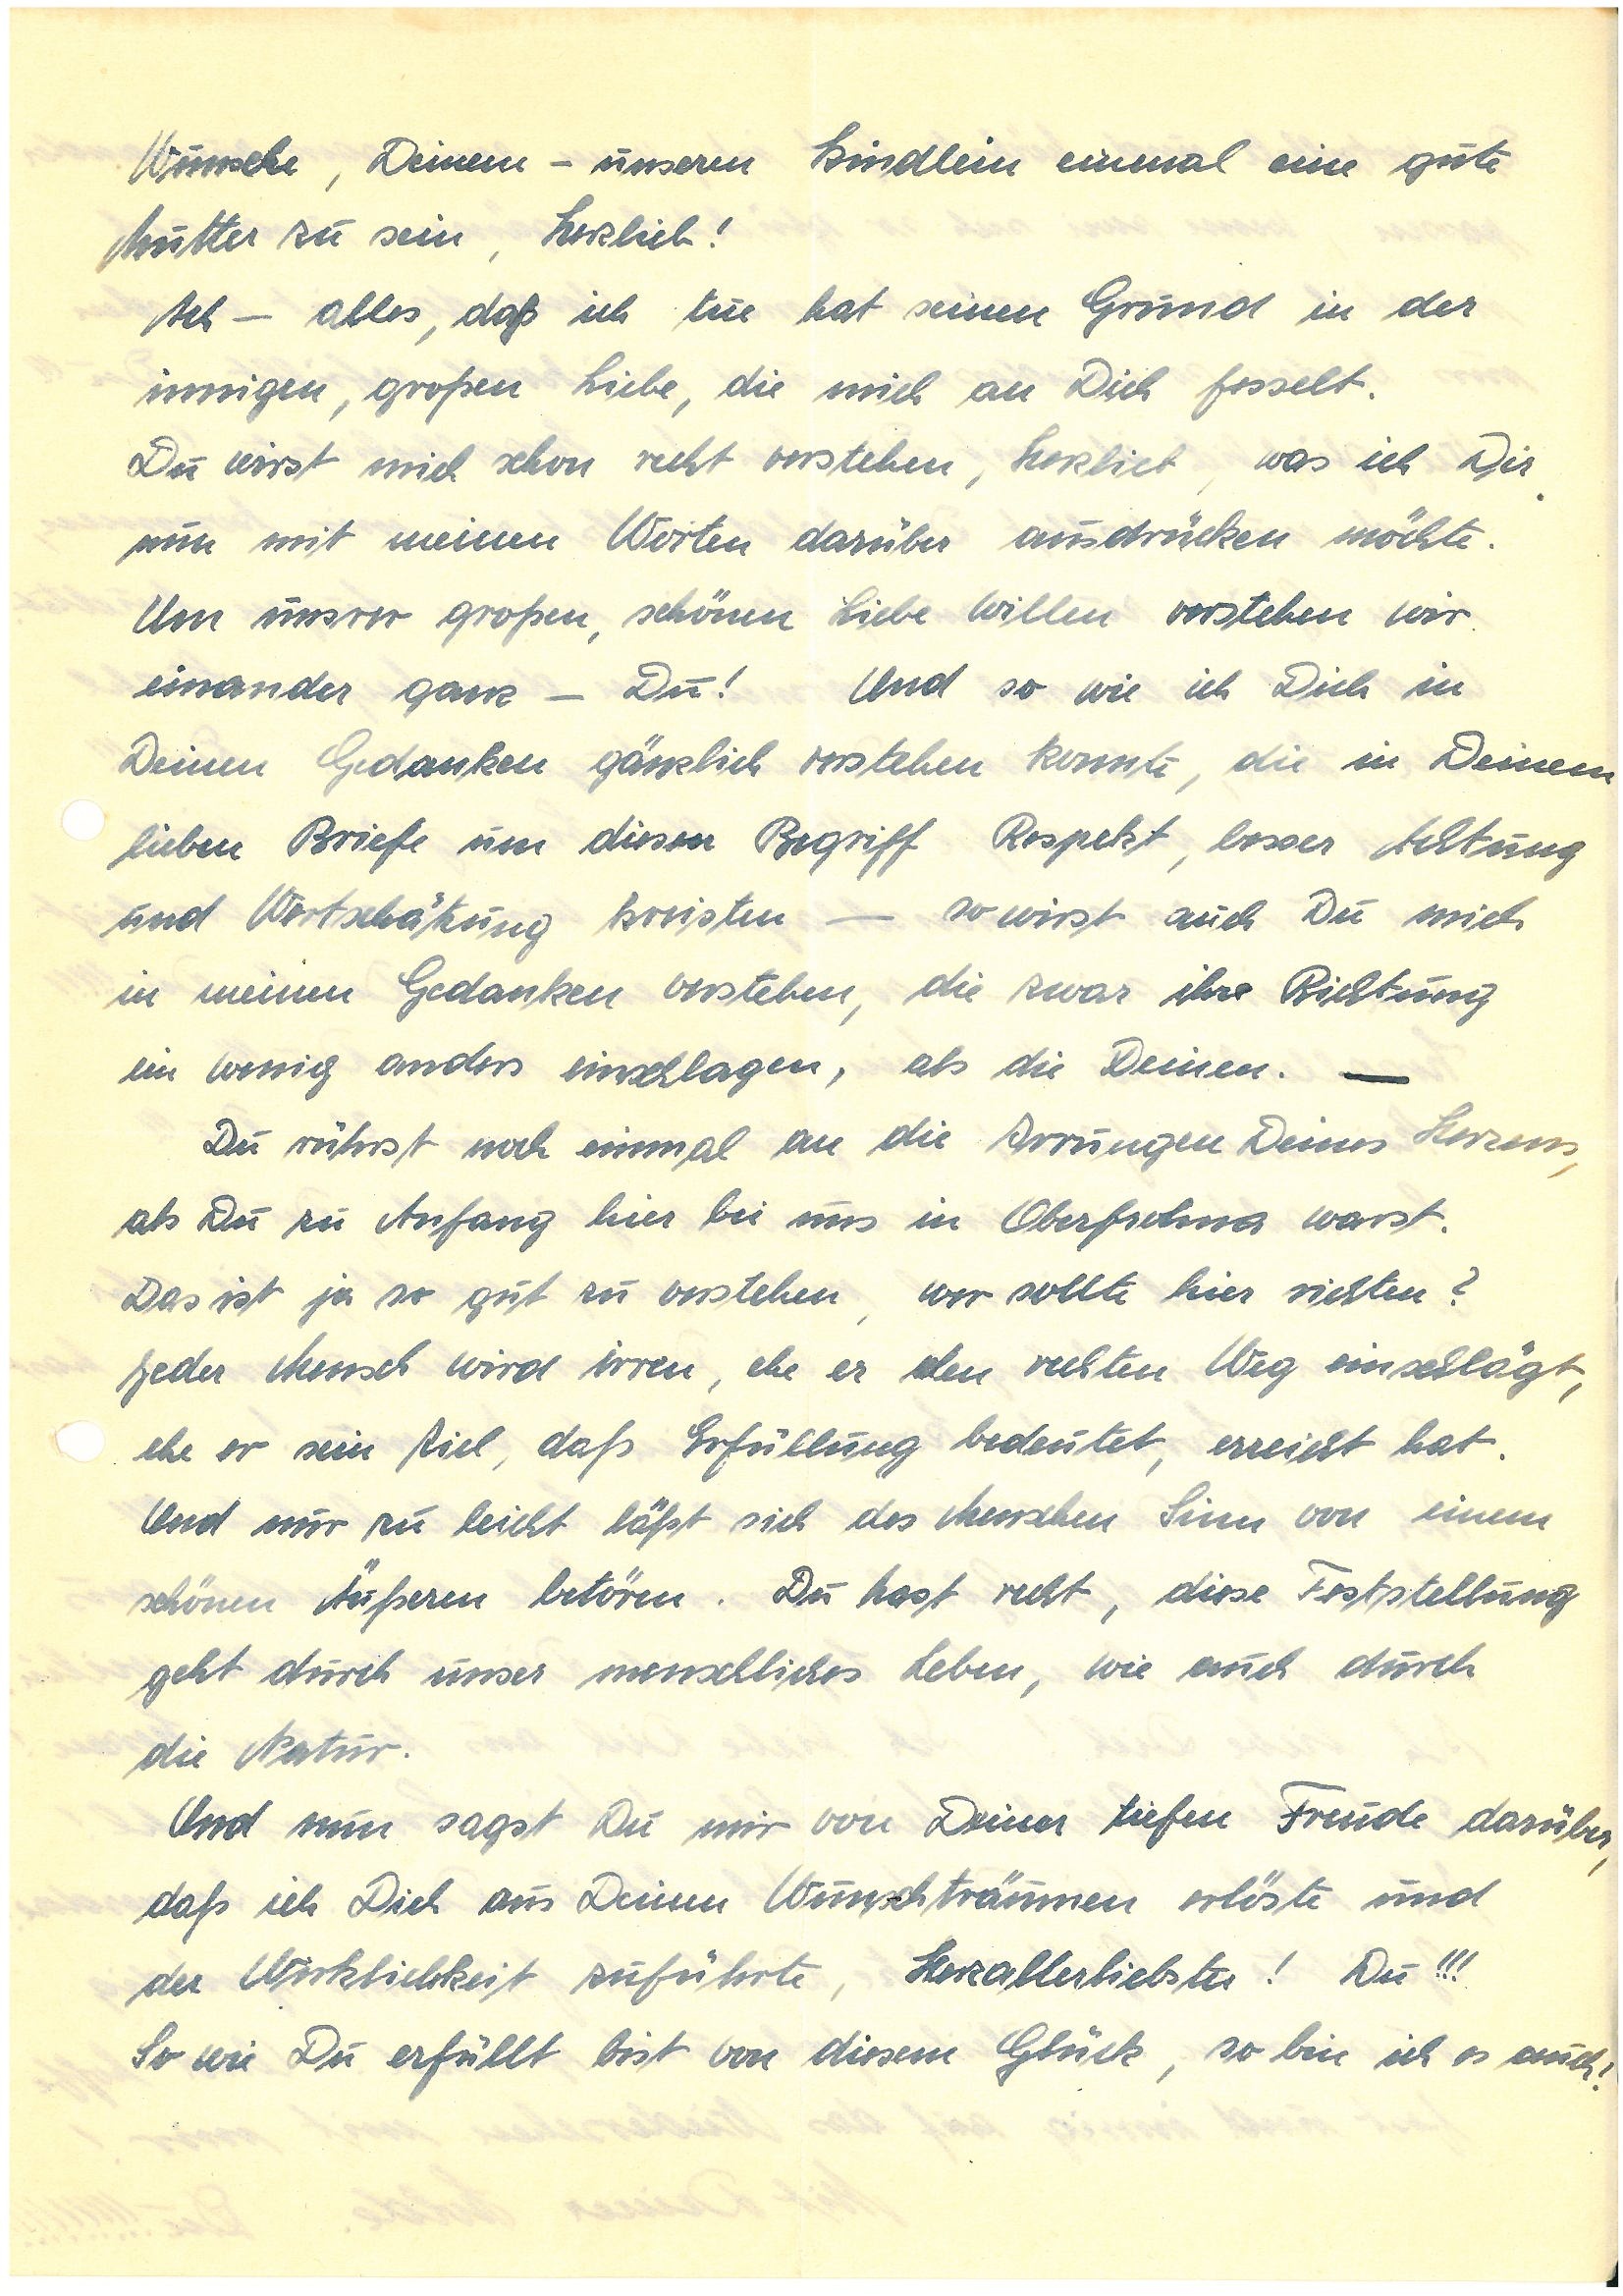
Wunsche, Deinen – unserm Kindlein einmal eine gute
Mutter zu sein, Herzlieb!
Ach – alles, daß ich tue hat seinen Grund in der
innigen, großen Liebe, die mich an Dich fesselt.
Du wirst mich schon recht verstehen, Herzlieb, was ich Dir
nun mit meinen Worten darüber ausdrücken möchte.
Um unserer großen, schönen Liebe Willen verstehen wir
einander ganz – Du! Und so wie ich Dich in
Deinen Gedanken gänzlich verstehen konnte, die in Deinem
lieben Briefe um diesen Begriff Respekt, besser Achtung
und Wertschätzung kreisten – so wirst auch Du mich
in meinen Gedanken verstehen, die zwar ihre Richtung
ein wenig anders einschlagen, als die Deinen – .
Du rührst noch einmal an die Irrungen Deines Herzens,
als Du zu Anfang hier bei uns in O. warst.
Das ist ja so gut zu verstehen, wer sollte hier richten?
Jeder Mensch wird irren, ehe er den rechten Weg einschlägt,
ehe er sein Ziel, daß Erfüllung bedeutet, erreicht hat.
Und nur zu leicht läßt sich des Menschen Sinn von einem
schönen Äußeren betören. Du hast recht, diese Feststellung
geht durch unser menschliches Leben, wie auch durch
die Natur.
Und nun sagst Du mir von Deiner tiefen Freude darüber,
daß ich Dich aus Deinen Wunschträumen erlöste und
der Wirklichkeit zuführte, Herzallerliebster! Du!!!
So wie Du erfüllt bist von diesem Glück, so bin ich es auch!